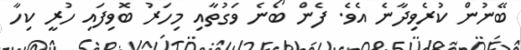
ބޭނުން ކުރެވިދާނެ އެވެ. ފެން ބޯނެ ވަގުތާއި މިހަރު ބޮވިފައި ހުރީ ކިހާ